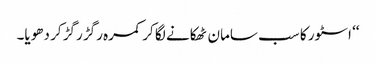
‘‘ اسٹور کا سب سامان ٹھکانے لگا کر کمرہ رگڑ رگڑ کر دھویا۔